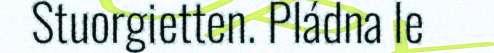
Stuorgietten. Pládna le